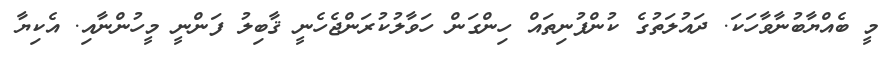
މީ ބެއްޔާބުނާވާހަކަ. ދައުލަތުގެ ކުންފުނިތައް ހިންގަން ހަވާލުކުރަންޖެހެނީީ ޤާބިލު ފަންނީ މީހުންނާއި. އެކިޔާ